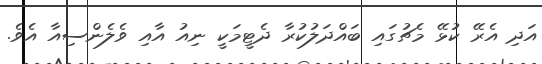
އަދި އެރޭ ކުޅޭ މެޗުގައި ބައްދަލުކުރާ ދެޓީމަކީ ނިއު އާއި ވެލެންސިއާ އެވެ.